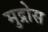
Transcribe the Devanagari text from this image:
मुद्रोस